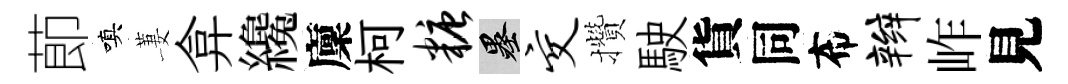
莭嗔萋弇纔廩柯糖墨交攢駛貨同布辫岞見